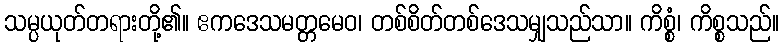
သမ္ပယုတ်တရားတို့၏။ ဧကဒေသမတ္တမေဝ၊ တစ်စိတ်တစ်ဒေသမျှသည်သာ။ ကိစ္စံ၊ ကိစ္စသည်။